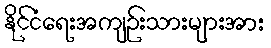
နိုင်ငံရေးအကျဉ်းသားများအား